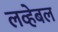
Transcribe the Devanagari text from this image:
लव्हेबल